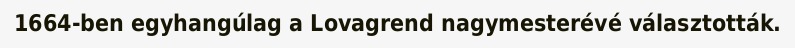
1664-ben egyhangúlag a Lovagrend nagymesterévé választották.